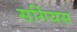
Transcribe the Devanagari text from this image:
सर्गियस